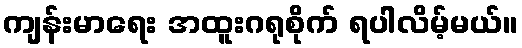
ကျန်းမာရေး အထူးဂရုစိုက် ရပါလိမ့်မယ်။